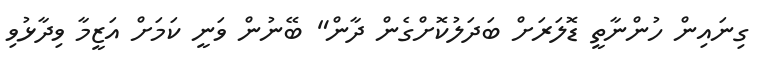
ގިނައިން ހުންނާތީ ޑޮލަރަށް ބަދަލުކޮށްގެން ދާން" ބޭނުން ވަނީ ކަމަށް އަޒީމާ ވިދާޅުވި